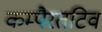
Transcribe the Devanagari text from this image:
कम्पैरतटिव